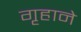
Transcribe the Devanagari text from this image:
गृहाने